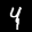
Label: 4